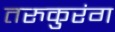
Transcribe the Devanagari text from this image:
तरुकुरंग